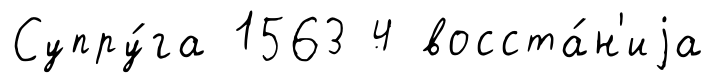
Супру́га 1563 4 восста́н'иjа